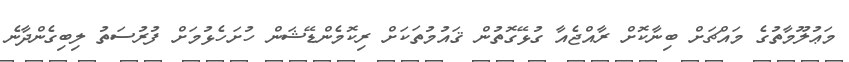
މަޢުލޫމާތުގެ މައްޗަށް ބިނާކޮށް ރާއްޖެއާ ގުޅޭގޮތުން ޤައުމުތަކަށް ރިކޮމެންޑޭޝަން ހުށަހެޅުމަށް ފުރުސަތު ލިބިގެންދާނެ